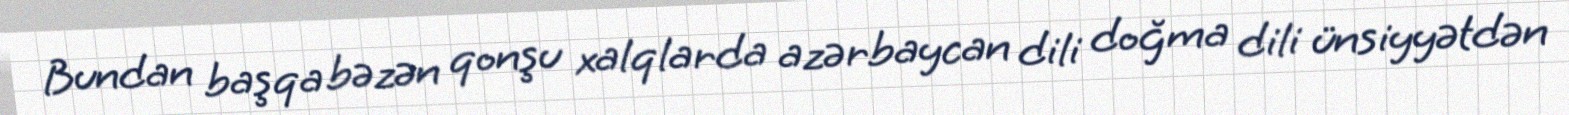
Bundan başqa bəzən qonşu xalqlarda azərbaycan dili doğma dili ünsiyyətdən